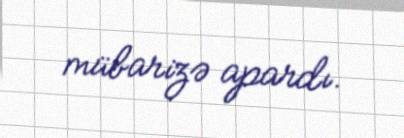
mübarizə apardı.